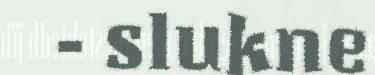
- slukne